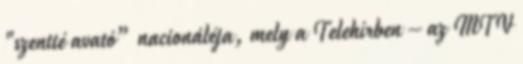
"szentté avató” naci­onáléja, mely a Telehírben – az MTV